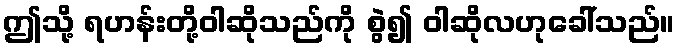
ဤသို့ ရဟန်းတို့ဝါဆိုသည်ကို စွဲ၍ ဝါဆိုလဟုခေါ်သည်။